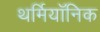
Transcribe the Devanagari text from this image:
थर्मियॉनिक